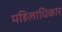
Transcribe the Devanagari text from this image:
महिलाधिकार